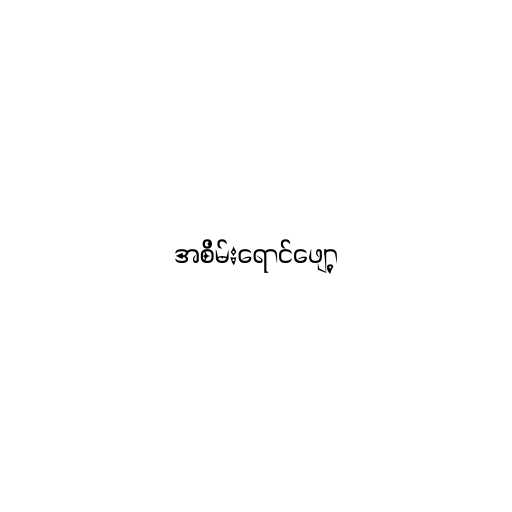
အစိမ်းရောင်ဖျော့